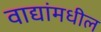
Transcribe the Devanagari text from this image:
वाद्यांमधील